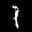
Label: 1